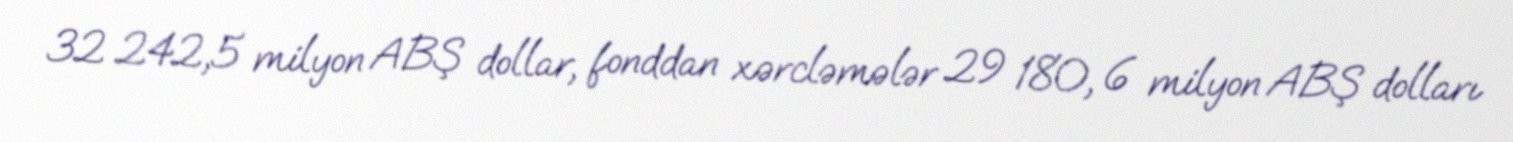
32 242,5 milyon ABŞ dollar, fonddan xərcləmələr 29 180, 6 milyon ABŞ dolları